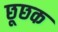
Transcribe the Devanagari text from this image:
छूछक